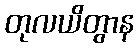
တုလယိတွာန